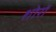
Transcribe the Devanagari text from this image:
शोरों